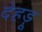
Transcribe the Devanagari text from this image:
देहड़ू